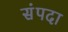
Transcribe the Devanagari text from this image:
संंपदा